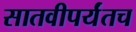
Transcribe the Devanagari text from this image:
सातवीपर्यंतच